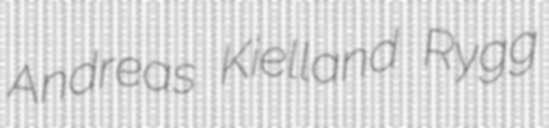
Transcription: Andreas Kielland Rygg